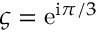
\varsigma = \mathrm { e } ^ { \mathrm { i } \pi / 3 }